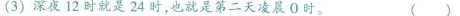
(3）深夜12时就是24时，也就是第二天凌晨0时。（）